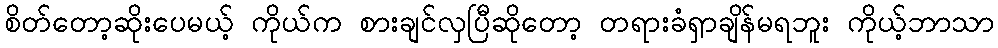
စိတ်တော့ဆိုးပေမယ့် ကိုယ်က စားချင်လှပြီဆိုတော့ တရားခံရှာချိန်မရဘူး ကိုယ့်ဘာသာ